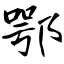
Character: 鄂